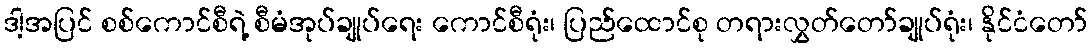
ဒါ့အပြင် စစ်ကောင်စီရဲ့ စီမံအုပ်ချုပ်ရေး ကောင်စီရုံး၊ ပြည်ထောင်စု တရားလွှတ်တော်ချုပ်ရုံး၊ နိုင်ငံတော်